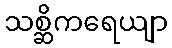
သစ္ဆိကရေယျာ